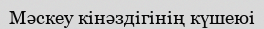
Мәскеу кінәздігінің күшеюі